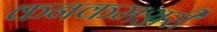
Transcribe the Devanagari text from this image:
कनकमञ्जरी